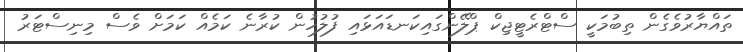
ތައްޔާރުވެގެން ތިބުމަކީ ސްޓްރެޓީޖިކް ޕްލޭންގައިކަނޑައަޅައި ފުލުހުން ކުރާނެ ކަމެއް ކަމަށް ވެސް މިނިސްޓަރު